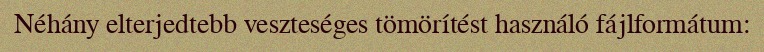
Néhány elterjedtebb veszteséges tömörítést használó fájlformátum: